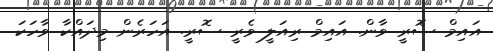
އައިމް ސޮރީ ވާން. އައިމް ރިއަލީ ވެރީ ސޮރީ. އަހަރެން މިދައްކާ ވާހަކަ